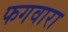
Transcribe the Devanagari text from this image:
फगवारा